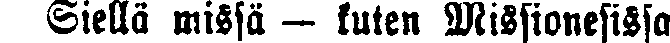
Siellä missä — kuten Missionesissa